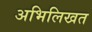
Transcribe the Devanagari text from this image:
अभिलिखत